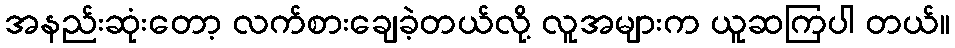
အနည်းဆုံးတော့ လက်စားချေခဲ့တယ်လို့ လူအများက ယူဆကြပါ တယ်။